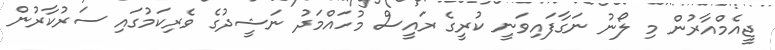
ޖީއެމްއާރުން މި ލޯނު ނަގާފައިވަނީ ކުރީގެ ރައީސް މުހައްމަދު ނަޝީދުގެ ވެރިކަމުގައި ސަރުކާރުން